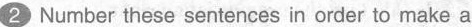
2 Number these sentences in order to make a